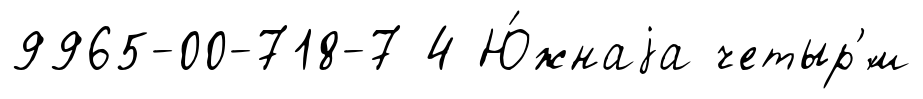
9965-00-718-7 4 Ю́жнаjа четыр'́м